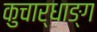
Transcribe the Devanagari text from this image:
कुचार्धाङ्ग